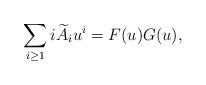
LaTeX: \begin{align*}\sum_{i \ge 1} i \widetilde{A}_i u^{i} = F(u)G(u),\end{align*}